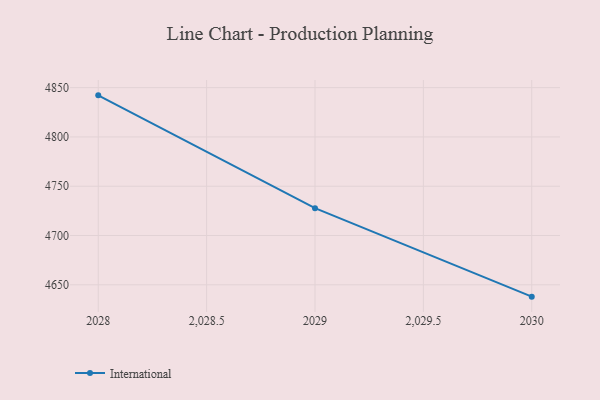
{"axis": {"x": "Year", "y": "Shipments"}, "legend": ["International"], "data": [{"x": "2028", "y": 4842.2, "type": "International"}, {"x": "2029", "y": 4727.8, "type": "International"}, {"x": "2030", "y": 4638.0, "type": "International"}]}